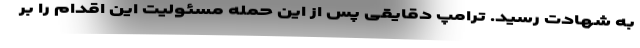
به شهادت رسید. ترامپ دقایقی پس از این حمله مسئولیت این اقدام را بر